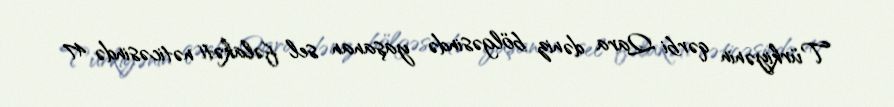
Türkiyənin qərbi Qara dəniz bölgəsində yaşanan sel fəlakəti nəticəsində 47